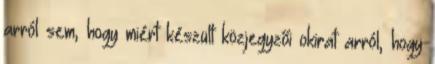
arról sem, hogy miért készült közjegyzői okirat arról, hogy